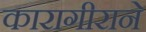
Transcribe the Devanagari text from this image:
कारागीराने